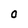
Character: O